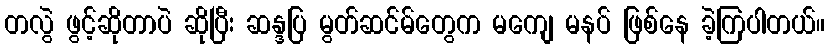
တလွဲ ဖွင့်ဆိုတာပဲ ဆိုပြီး ဆန္ဒပြ မွတ်ဆင်မ်တွေက မကျေ မနပ် ဖြစ်နေ ခဲ့ကြပါတယ်။